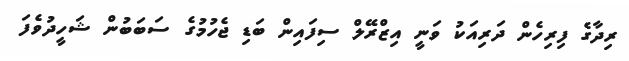
ރިދާގެ ފިރިހެން ދަރިއަކު ވަނީ އިޒްރޭލް ސިފައިން ބަޑި ޖެހުމުގެ ސަބަބުން ޝަހީދުވެފަ